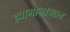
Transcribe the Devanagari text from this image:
हवामानाबद्दल